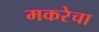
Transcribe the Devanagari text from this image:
मकरेचा